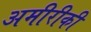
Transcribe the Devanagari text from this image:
अमीरीकी